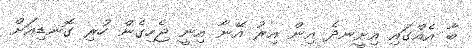
ބާ އެއްގައި އިށީނދެ އިން އިރު އޭނާ އިނީ ޖެހިގެން ހުރި ގޮނޑިއަށް